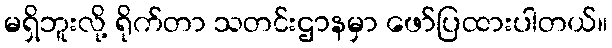
မရှိဘူးလို့ ရိုက်တာ သတင်းဌာနမှာ ဖော်ပြထားပါတယ်။